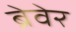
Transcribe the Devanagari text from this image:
ब्रेवेर